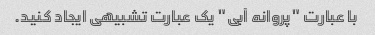
با عبارت "پروانه آبی" یک عبارت تشبیهی ایجاد کنید.